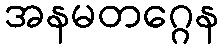
အနမတဂ္ဂေန